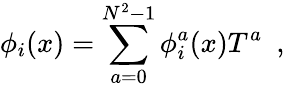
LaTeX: \phi_{i}(x)=\sum_{a=0}^{N^{2}-1}\phi_{i}^{a}(x)T^{a}~~,~~